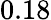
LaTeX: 0.18